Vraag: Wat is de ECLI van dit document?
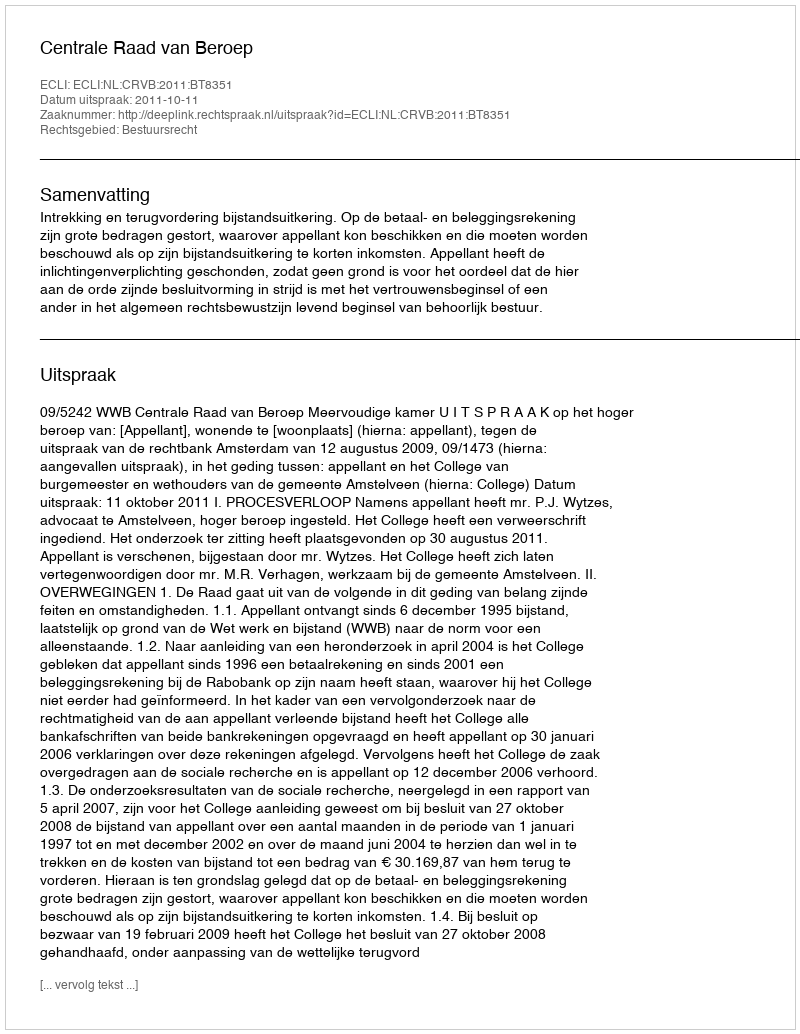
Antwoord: ECLI:NL:CRVB:2011:BT8351